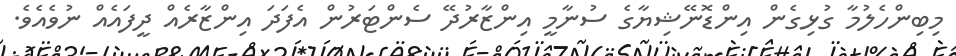
މިބިންހެލުމާ ގުޅިގެން އިންޑޮނޭޝިޔާގެ ސުނާމީ އިންޒާރުދޭ ސެންޓަރުން އެފަދަ އިންޒާރެއް ދީފައެއް ނުވެއެވެ.